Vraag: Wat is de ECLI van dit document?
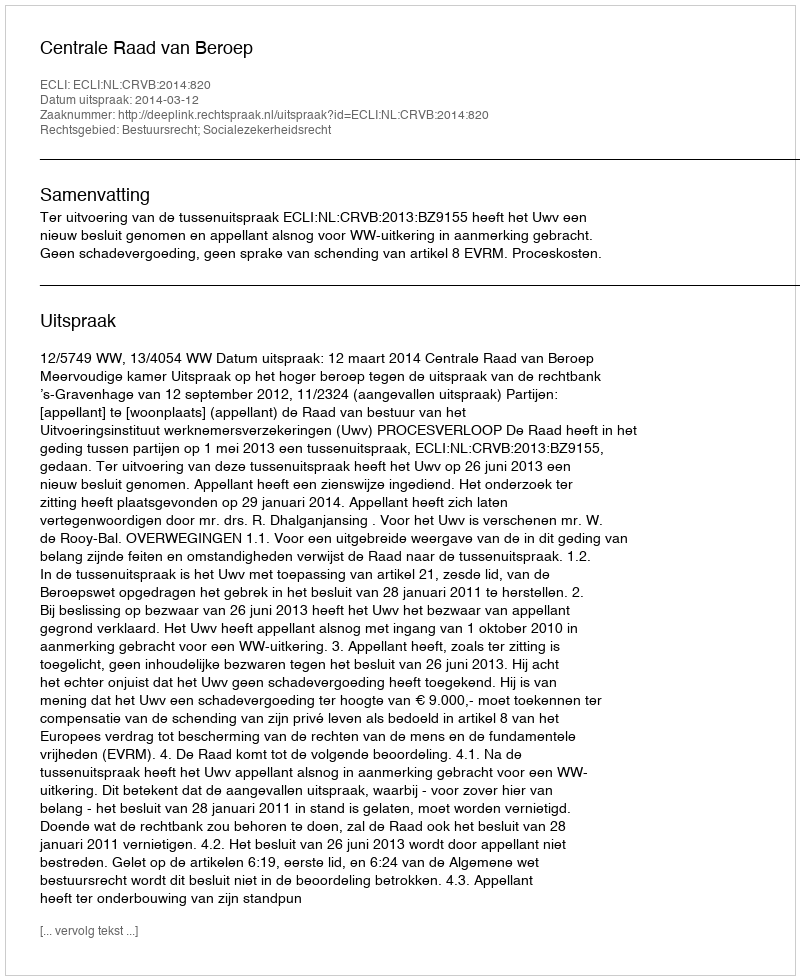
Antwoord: ECLI:NL:CRVB:2014:820